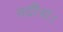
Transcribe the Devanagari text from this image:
नदीनां।